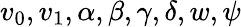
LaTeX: v_{0},v_{1},\alpha,\beta,\gamma,\delta,w,\psi